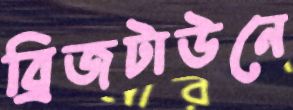
ব্রিজটাউনে